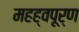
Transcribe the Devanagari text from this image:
महह्वपूर्ण